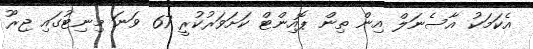
އެކަމަކު އާސެނަލް އިން ތިން ޕޮއިންޓް ކަށަވަރުކުރީ 67 ވަނަ މިނިޓުގައި ޖިރޫ